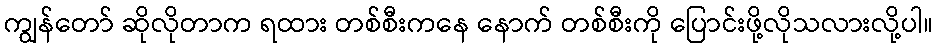
ကျွန်တော် ဆိုလိုတာက ရထား တစ်စီးကနေ နောက် တစ်စီးကို ပြောင်းဖို့လိုသလားလို့ပါ။